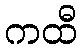
ကထီ